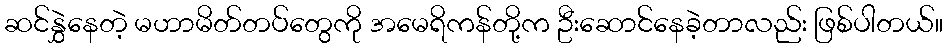
ဆင်နွှဲနေတဲ့ မဟာမိတ်တပ်တွေကို အမေရိကန်တို့က ဦးဆောင်နေခဲ့တာလည်း ဖြစ်ပါတယ်။